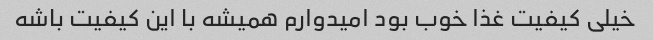
خیلی کیفیت غذا خوب بود امیدوارم همیشه با این کیفیت باشه